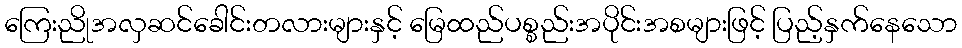
ကြေးညိုအလှဆင်ခေါင်းတလားများနှင့် မြေထည်ပစ္စည်းအပိုင်းအစများဖြင့် ပြည့်နှက်နေသော